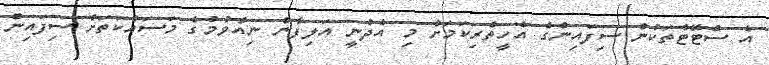
އެ ސްޓޭޓްތަކުން ސިފައިންގެ އެހީތެރިކަމަށް މި އެދުނީ އަލިފާން ނިއްވުމުގެ މަސައްކަތަށް ސިފައިން